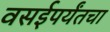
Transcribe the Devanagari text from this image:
वसईपर्यंतचा